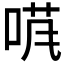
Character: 𱓄